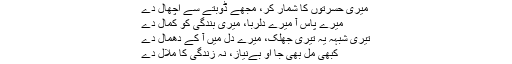
میری حسرتوں کا شمار کر، مجھے ڈوبتے سے اچھال دے
میرے پاس آ میرے دلربا، میری بندگی کو کمال دے
تیری شبہہ یہ تیری جھلک، میرے دل میں آ کے دھمال دے
کبھی مل بھی جا او بےنیاز، نہ زندگی کا ملال دے